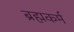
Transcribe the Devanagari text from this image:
ब्रह्मकर्म